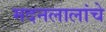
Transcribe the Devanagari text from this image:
मदनलालांचे